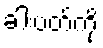
ခါးပတ်ကို